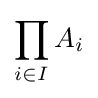
\prod _{i\in I}A_{i}